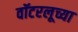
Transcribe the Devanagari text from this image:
वॉटरलूच्या